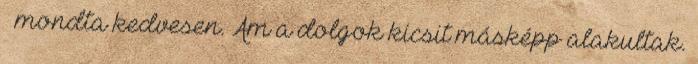
– mond­ta kedvesen. Ám a dolgok kicsit másképp alakultak.